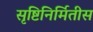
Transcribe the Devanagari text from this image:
सृष्टिनिर्मितीस